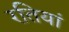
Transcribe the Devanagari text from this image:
रतियां